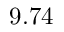
9 . 7 4